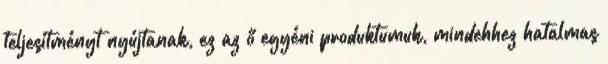
teljesítményt nyújtanak, ez az ő egyéni produktumuk, mindehhez hatalmas